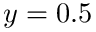
y = 0 . 5